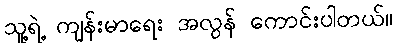
သူ့ရဲ့ ကျန်းမာရေး အလွန် ကောင်းပါတယ်။